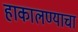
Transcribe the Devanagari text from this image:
हाकालण्याचा